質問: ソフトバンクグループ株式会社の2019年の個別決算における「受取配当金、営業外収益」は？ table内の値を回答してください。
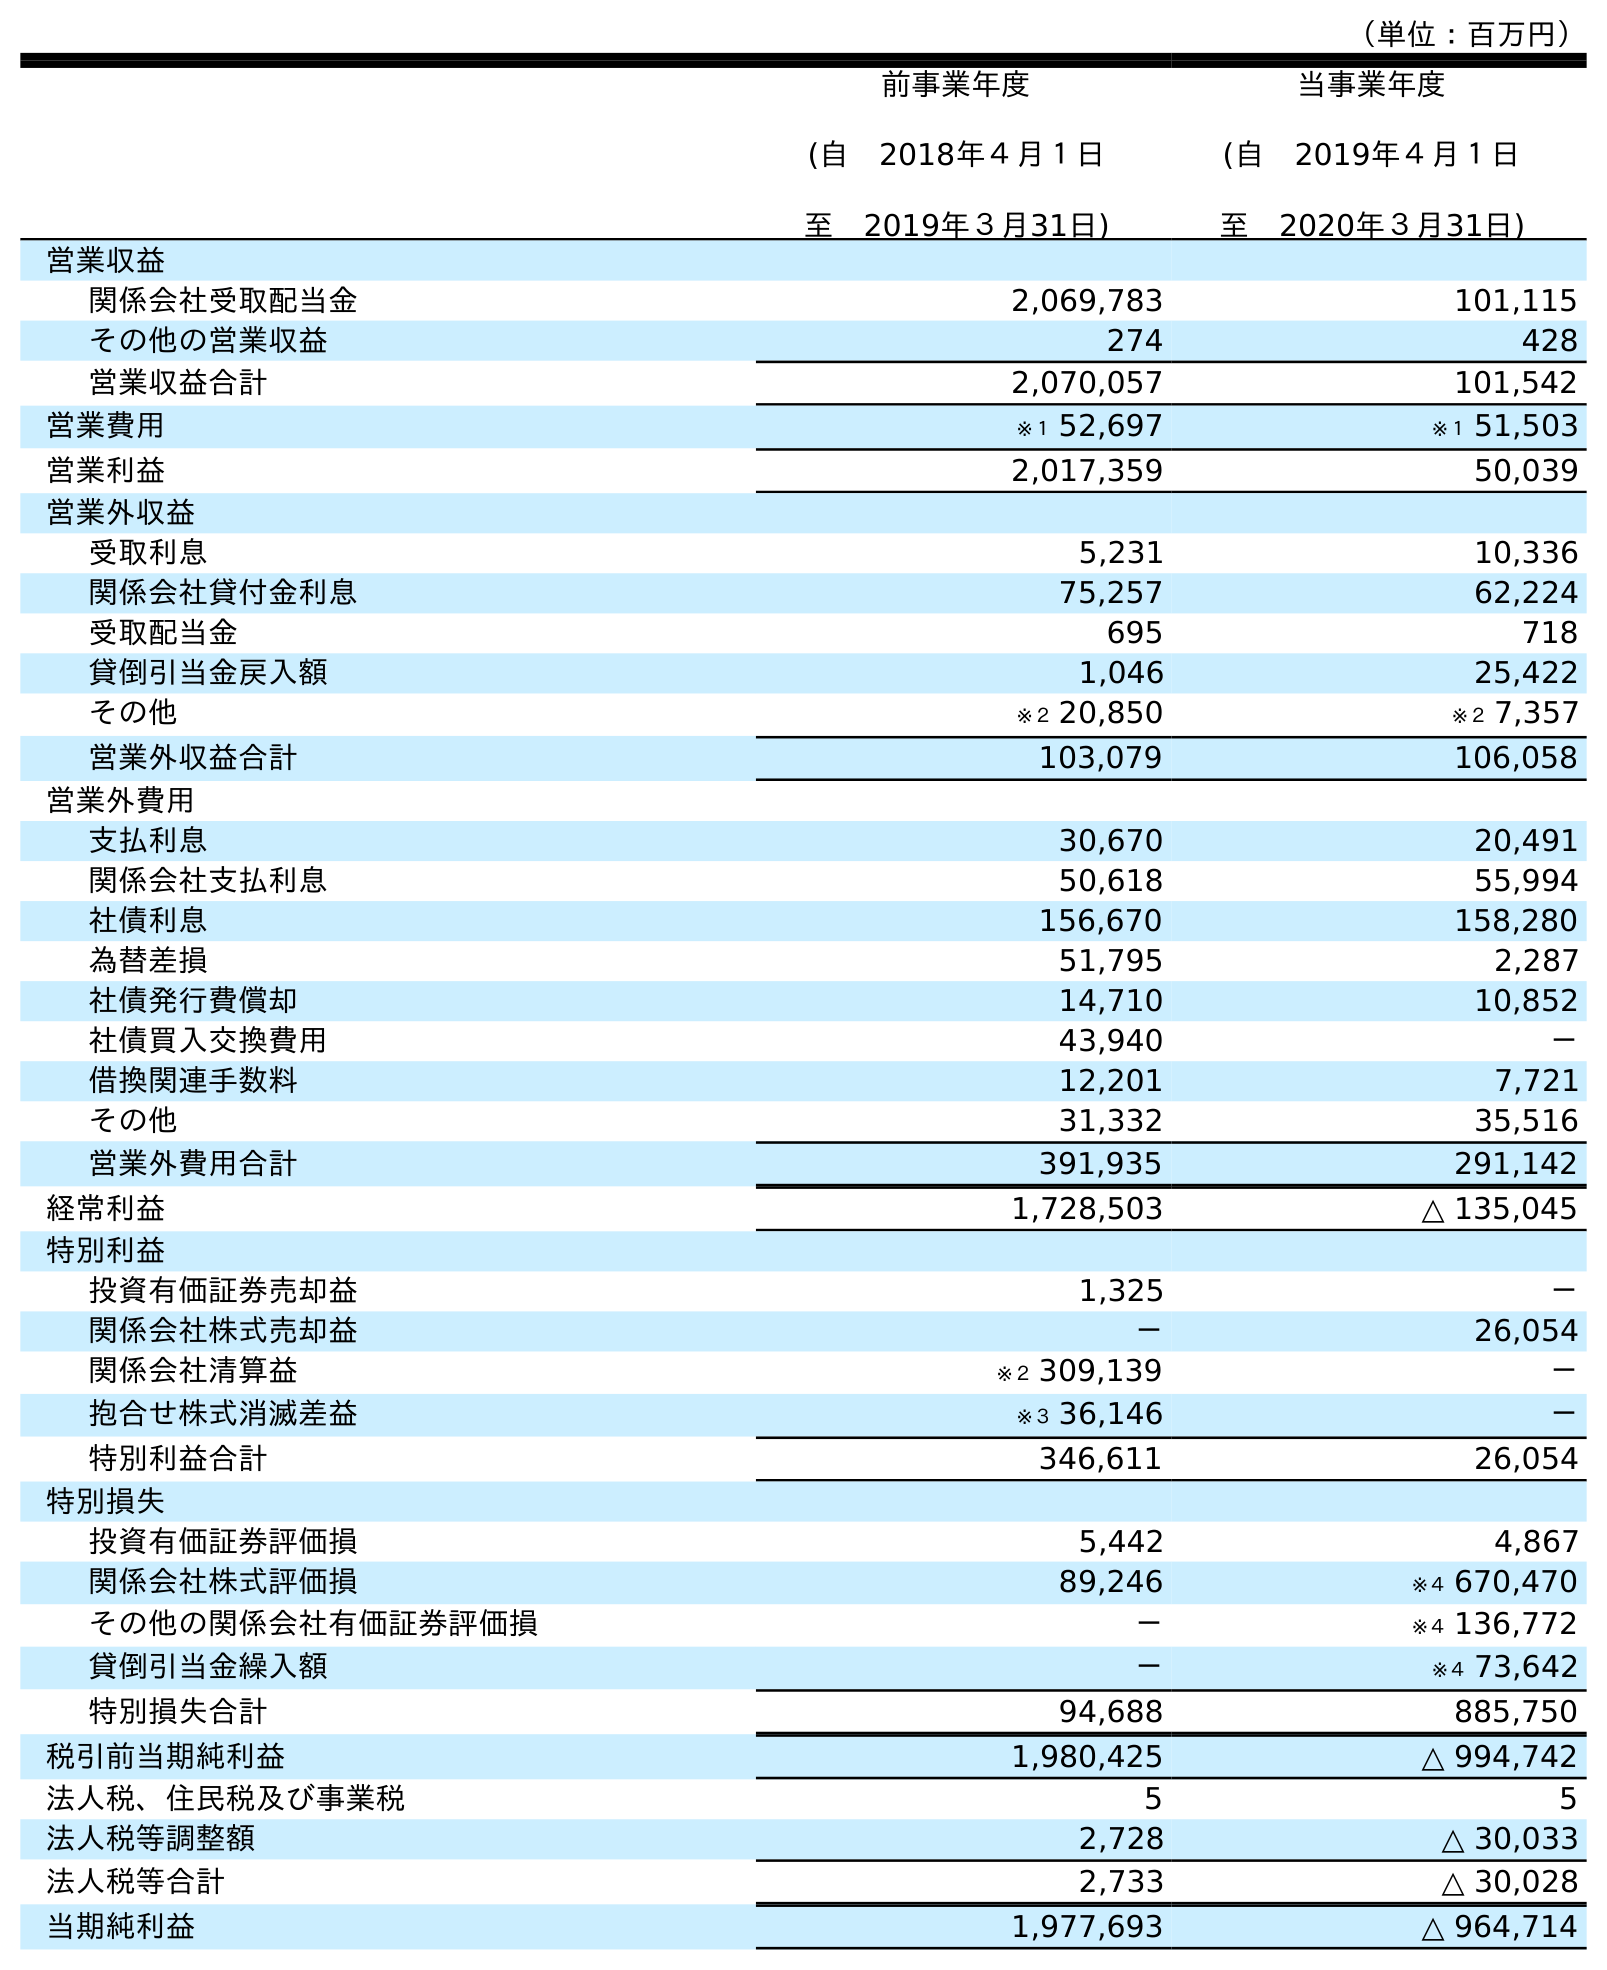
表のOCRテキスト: （単位：百万円） 前事業年度 (自 2018年４月１日 至 2019年３月31日) 当事業年度 (自 2019年４月１日 至 2020年３月31日) 営業収益 関係会社受取配当金 2,069,783 101,115 その他の営業収益 274 428 営業収益合計 2,070,057 101,542 営業費用 ※１ 52,697 ※１ 51,503 営業利益 2,017,359 50,039 営業外収益 受取利息 5,231 10,336 関係会社貸付金利息 75,257 62,224 受取配当金 695 718 貸倒引当金戻入額 1,046 25,422 その他 ※２ 20,850 ※２ 7,357 営業外収益合計 103,079 106,058 営業外費用 支払利息 30,670 20,491 関係会社支払利息 50,618 55,994 社債利息 156,670 158,280 為替差損 51,795 2,287 社債発行費償却 14,710 10,852 社債買入交換費用 43,940 － 借換関連手数料 12,201 7,721 その他 31,332 35,516 営業外費用合計 391,935 291,142 経常利益 1,728,503 △ 135,045 特別利益 投資有価証券売却益 1,325 － 関係会社株式売却益 － 26,054 関係会社清算益 ※２ 309,139 － 抱合せ株式消滅差益 ※３ 36,146 － 特別利益合計 346,611 26,054 特別損失 投資有価証券評価損 5,442 4,867 関係会社株式評価損 89,246 ※４ 670,470 その他の関係会社有価証券評価損 － ※４ 136,772 貸倒引当金繰入額 － ※４ 73,642 特別損失合計 94,688 885,750 税引前当期純利益 1,980,425 △ 994,742 法人税、住民税及び事業税 5 5 法人税等調整額 2,728 △ 30,033 法人税等合計 2,733 △ 30,028 当期純利益 1,977,693 △ 964,714
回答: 695